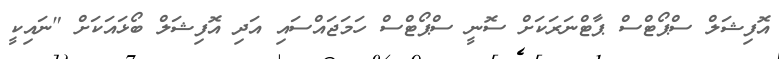
އޮފިޝަލް ސްޕޯޓްސް ޕާޓްނަރަކަށް ސޮނީ ސްޕޯޓްސް ހަމަޖައްސައި އަދި އޮފިޝަލް ބޯޅައަކަށް "ނައިކީ